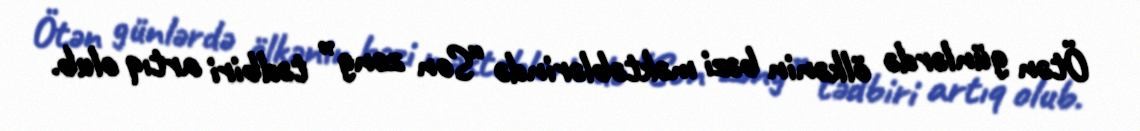
Ötən günlərdə ölkənin bəzi məktəblərində “Son zəng” tədbiri artıq olub.